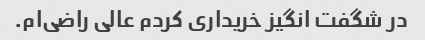
در شگفت انگیز خریداری کردم عالی راضی‌ام.